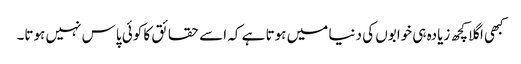
کبھی اگلا کچھ زیادہ ہی خوابوں کی دنیا میں ہوتا ہے کہ اسے حقائق کا کوئی پاس نہیں ہوتا۔